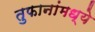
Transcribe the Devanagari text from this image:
तुफानांमध्ये